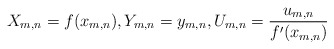
\begin{align*}X_{m,n} = f(x_{m,n}),Y_{m,n}=y_{m,n},U_{m,n}=\frac{u_{m,n}}{f^\prime(x_{m,n})}\end{align*}